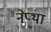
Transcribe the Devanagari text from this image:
नेप्था